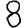
Digit: 8